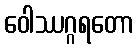
ဝေါဿဂ္ဂရတော